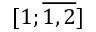
[ 1 ; { \overline { { 1 , 2 } } } ]